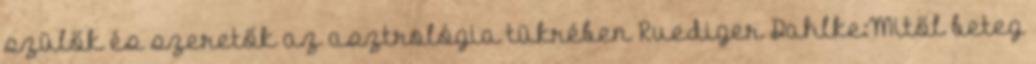
szülők és szeretők az asztrológia tükrében Ruediger Dahlke:Mitől beteg